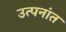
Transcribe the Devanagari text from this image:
उत्पनांत